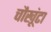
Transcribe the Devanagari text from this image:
चौखूंटा